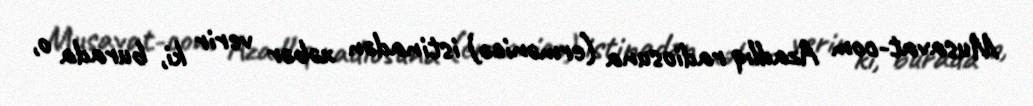
Musavat-com Azadlıq radiosuna (ermənicə) istinadən xəbər verir ki, burada o,